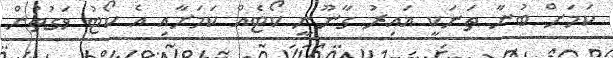
ކަމަށް ބުނާ ތަނަކީ ޣައިރު ގާނޫނީ ކޯޓެއް ކަމަށާއި އެ ކޯޓު ވަގުތުން